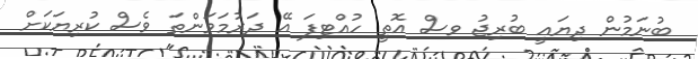
ބުނަމުން ދިޔައީ ބުރިޖު ވސް އޮތީ ހުއްޓިފަ އޭ ދަރުމަވަންތަ ވެސް ކުރިޔަކަށް